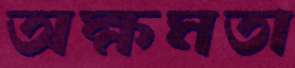
অক্ষমতা